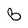
Character: B